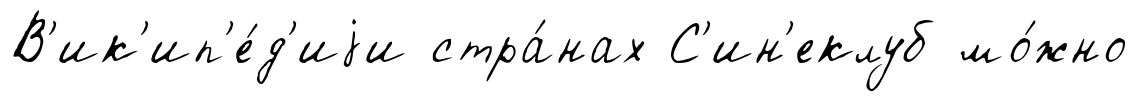
В'ик'ип'е́д'иjи стра́нах С'ин'еклуб мо́жно